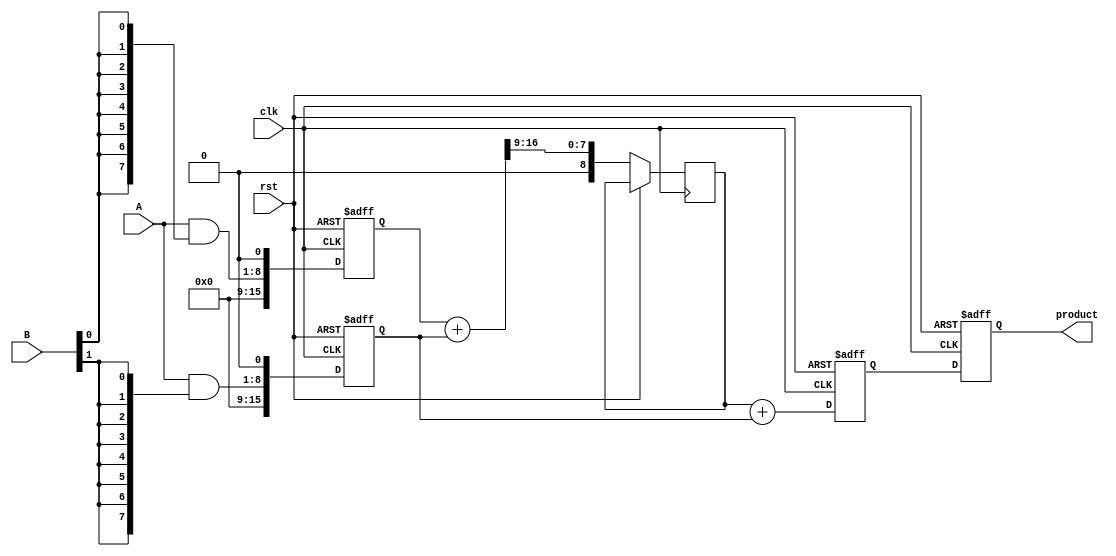
module PipelinedWallaceTreeMultiplier #(parameter N = 8) (
    input clk,
    input rst,
    input [N-1:0] A,
    input [N-1:0] B,
    output reg [2*N-1:0] product
);

    // Intermediate signals
    wire [N-1:0] partial_product[N-1:0];
    reg [2*N-1:0] pp_stage1[N-1:0]; // Partial products after first stage
    reg [N:0] sum[N-1:0]; // Sums for the Wallace tree
    reg [N:0] carry[N-1:0];
    reg [2*N-1:0] final_sum;
    
    // Generate Partial Products
    genvar i;
    generate
        for (i = 0; i < N; i = i + 1) begin : gen_partial_products
            assign partial_product[i] = A & {N{B[i]}};
        end
    endgenerate

    // Wallace Tree Reduction
    integer j;
    always @(posedge clk or posedge rst) begin
        if (rst) begin
            for (j = 0; j < N; j = j + 1) begin
                pp_stage1[j] <= 0;
            end
            final_sum <= 0;
            product <= 0;
        end else begin
            // First stage: Load all partial products
            for (j = 0; j < N; j = j + 1) begin
                pp_stage1[j] <= {partial_product[j], 1'b0}; // Aligning bits
            end
            
            // Wallace tree reduction (2 stages for simplicity)
            // Stage 1: Half and Full adders
            for (j = 0; j < N/2; j = j + 1) begin
                {carry[j], sum[j]} <= pp_stage1[j*2] + pp_stage1[j*2 + 1];
            end
            
            // Final addition stage
            final_sum <= carry[0] + pp_stage1[1]; // Add carry from stage 1 to next
            
            // Output result after final addition
            product <= final_sum;
        end
    end
endmodule